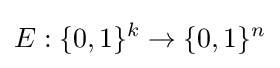
E:\{0,1\}^{k}\to \{0,1\}^{n}